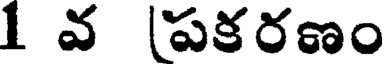
1 వ (పకరణం